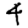
Digit: 4